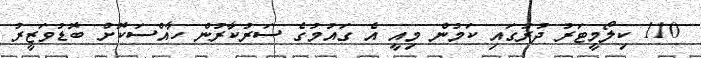
110 ކިލޯމީޓަރު ދުރުގައި ކަމުން މިއީ އެ ގައުމުގެ ސަރުކާރުން ހާއްސަކޮށް ބޮޑުވަޒީރު